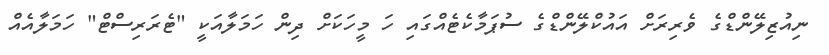
ނިއުޒިލޭންޑްގެ ވެރިރަށް އައުކްލޭންޑްގެ ސުޕަމާކެޓެއްގައި ހަ މީހަކަށް ދިން ހަމަލާއަކީ "ޓެރަރިސްޓް" ހަމަލާއެއް